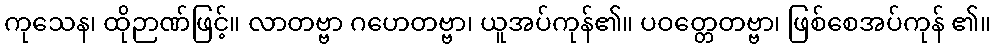
ကုသေန၊ ထိုဉာဏ်ဖြင့်။ လာတဗ္ဗာ ဂဟေတဗ္ဗာ၊ ယူအပ်ကုန်၏။ ပဝတ္တေတဗ္ဗာ၊ ဖြစ်စေအပ်ကုန် ၏။